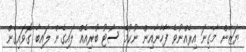
ޔަޒާން މާގިނަ އިރެއްނުވެ ފާހާނާއިން ނުކުމެ ސޯޓު ބުރިއެއް ލައިގެން ލައިބާ ގޮވައިގެން